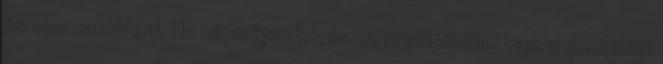
és visszaküldeni. Ha bármilyen kérésük, problémájuk van, a rendelési